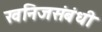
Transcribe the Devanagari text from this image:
खनिजसंबंधी